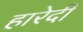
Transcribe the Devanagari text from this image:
हारेदी